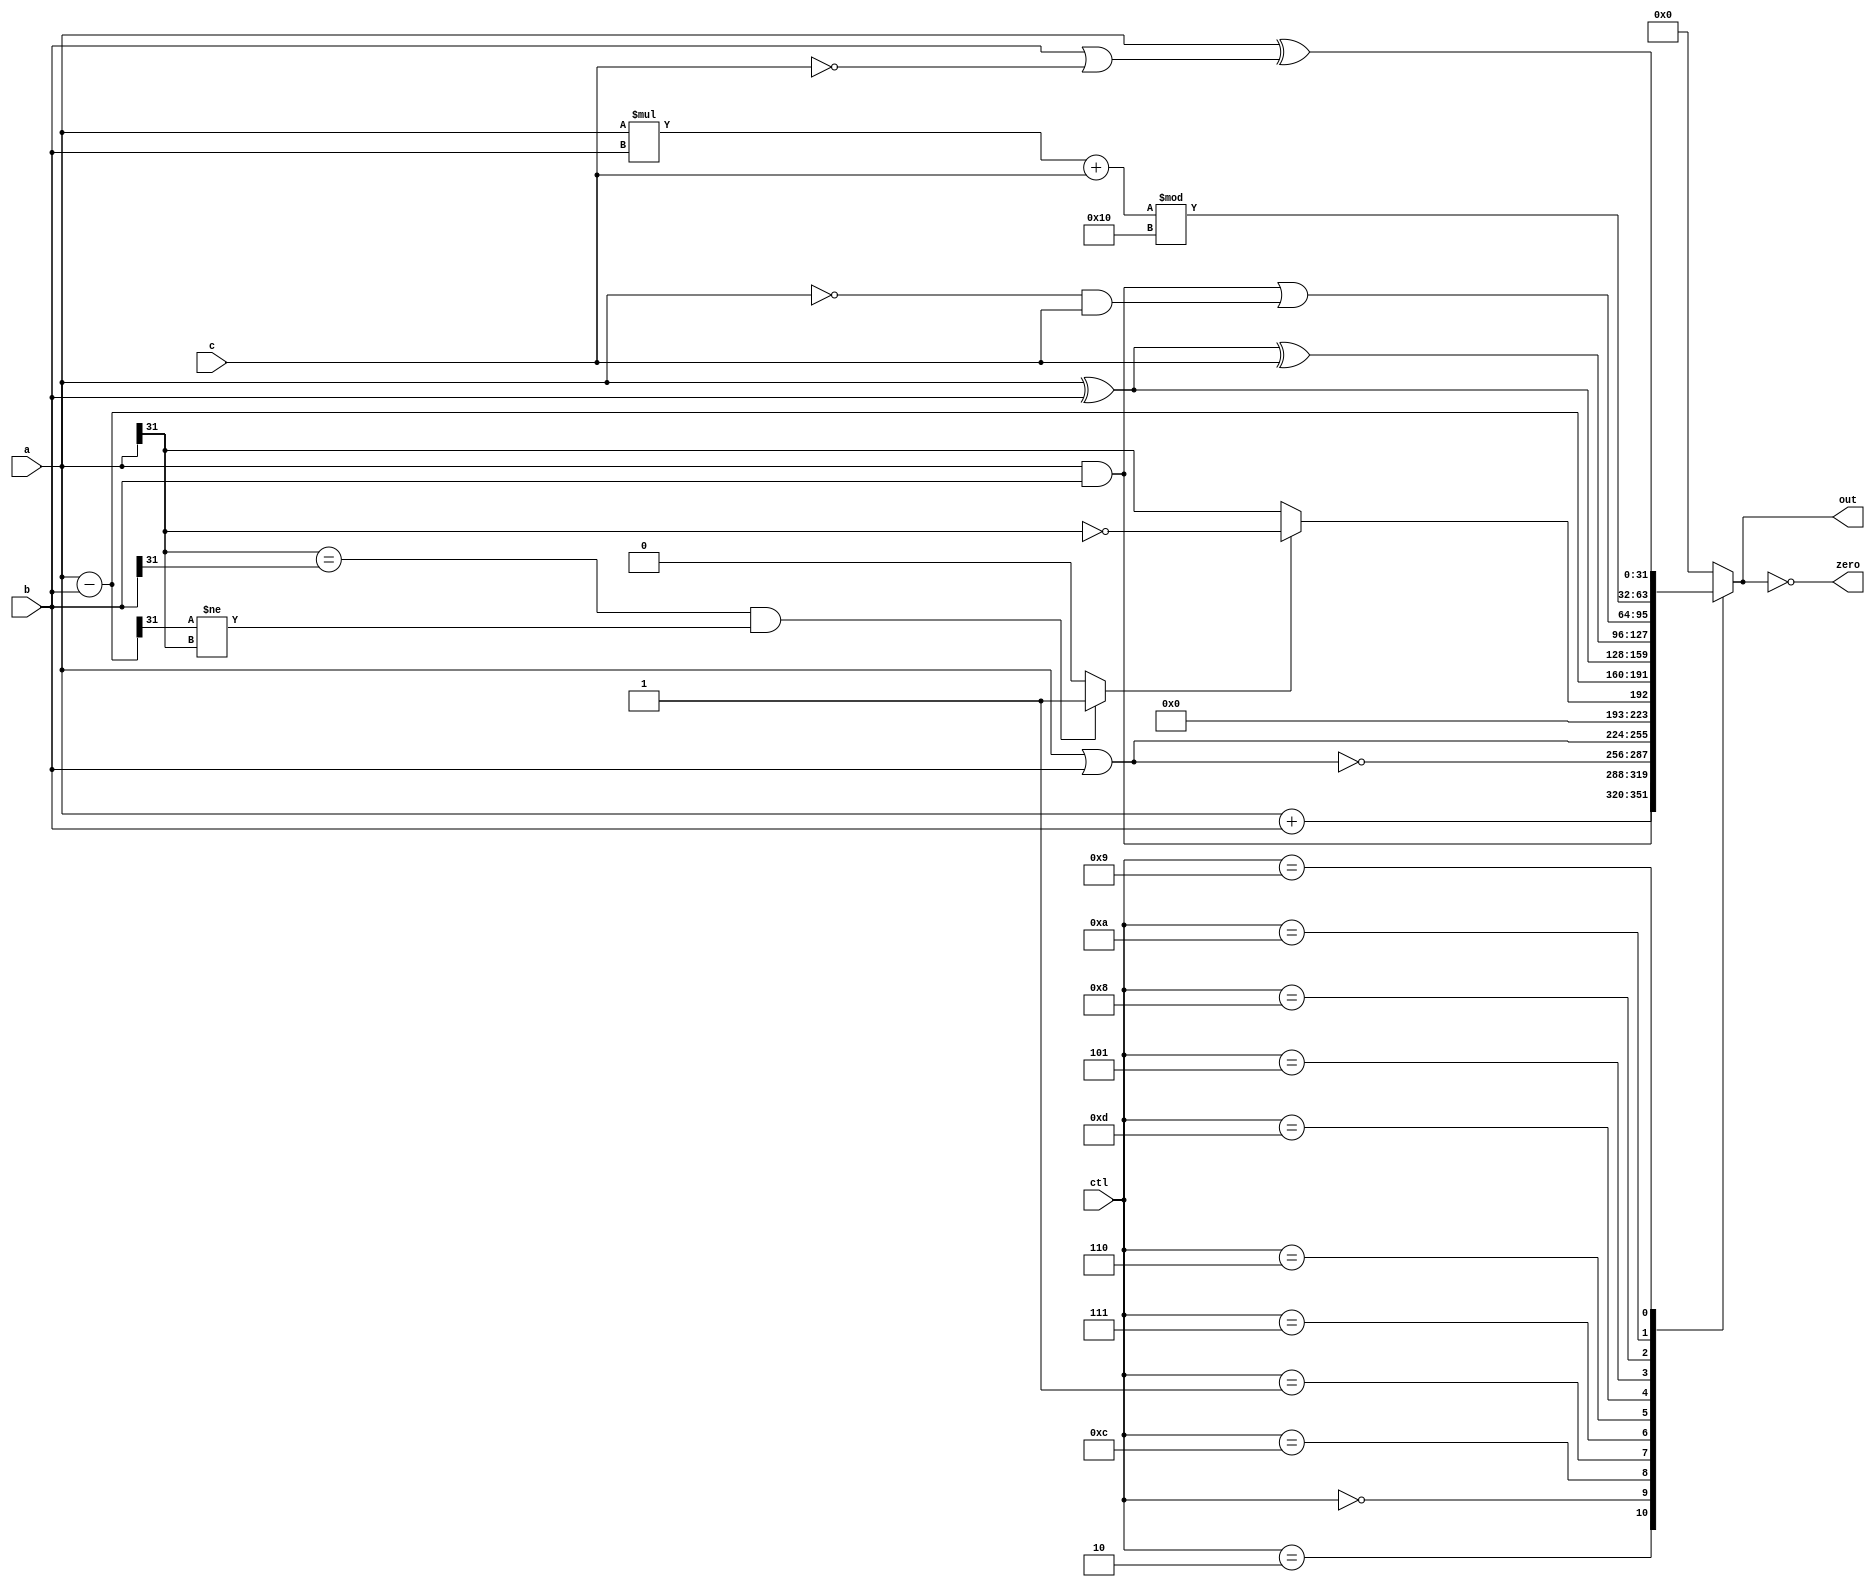
`ifndef _alu
`define _alu

/*`include "rc_adder.v"*/

module alu(
		input		[3:0]	ctl,
		input		[31:0]	a, b,c,
		output reg	[31:0]	out,
		output				zero);

	wire [31:0] sub_ab;
	wire [31:0] add_ab;
	wire 		oflow_add;
	wire 		oflow_sub;
	wire 		oflow;
	wire 		slt;

	assign zero = (0 == out);

	assign sub_ab = a - b;
	assign add_ab = a + b;
	
	assign oflow_add = (a[31] == b[31] && add_ab[31] != a[31]) ? 1 : 0;
	assign oflow_sub = (a[31] == b[31] && sub_ab[31] != a[31]) ? 1 : 0;

	assign oflow = (ctl == 4'b0010) ? oflow_add : oflow_sub;

	// set if less than, 2s compliment 32-bit numbers
	assign slt = oflow_sub ? ~(a[31]) : a[31];

	always @(*) begin
		case (ctl)
			4'd2:  out <= add_ab;				/* add */
			4'd0:  out <= a & b;				/* and */
			4'd12: out <= ~(a | b);				/* nor */
			4'd1:  out <= a | b;				/* or */
			4'd7:  out <= {{31{1'b0}}, slt};	        /* slt */
			4'd6:  out <= sub_ab;				/* sub */
			4'd13: out <= a ^ b;				/* xor */
                        4'd5:  out <= a ^ b ^ c;			/* double xor */
			4'd8:  out <= (a & b) | ((~a) & c);             /*andor*/
			4'd10: out <= (a*b + c) % 16 ;                   /*muladdmod*/
			4'd9:  out  <= a ^ (b | (~c));                     /*xorornot*/

			default: out <= 0;
		endcase
	end

endmodule

`endif